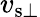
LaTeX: v_{{\mathrm{s}}\bot}